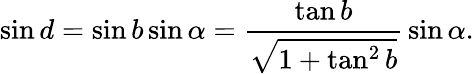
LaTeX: \sin d=\sin b\sin\alpha={\frac{\tan b}{\sqrt{1+\tan^{2}b}}}\sin\alpha.